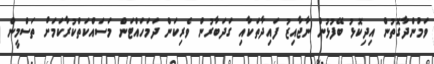
ވަމުންދާގޮތުން އިދިކޮޅު ބޭފުޅުން ނާޖާއިޒު ފައިދާތަކާއި ގަދަބާރުން ވެރިކަން ދަމަހައްޓަން މަސައްކަތްކުރާކަމަށް ތަސްމީން